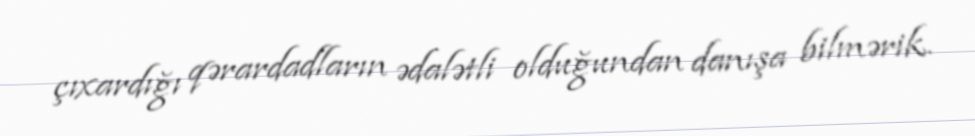
çıxardığı qərardadların ədalətli olduğundan danışa bilmərik.